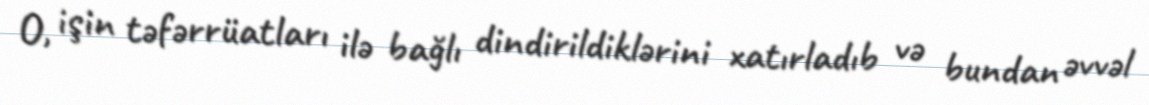
O, işin təfərrüatları ilə bağlı dindirildiklərini xatırladıb və bundan əvvəl